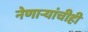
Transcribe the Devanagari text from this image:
नेणाऱ्यांचीही